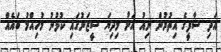
އަދި ޝާފީގެ އިތުރުން ނިއު އަށް މިދިޔަ ސީޒަނުގައި ކުޅުނު މުހިއްމު ބައެއް